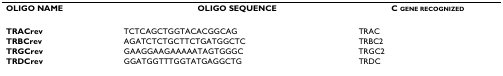
| OLIGO NAME | OLIGO SEQUENCE | C GENE RECOGNIZED |
 | --- | --- | --- |
 | TRACrev | TCTCAGCTGGTACACGGCAG | TRAC |
 | TRBCrev | AGATCTCTGCTTCTGATGGCTC | TRBC2 |
 | TRGCrev | GAAGGAAGAAAAATAGTGGGC | TRGC2 |
 | TRDCrev | GGATGGTTTGGTATGAGGCTG | TRDC |